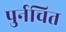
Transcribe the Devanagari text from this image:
पुर्नचित